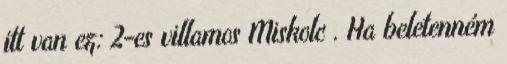
itt van ez: 2-es villamos Miskolc . Ha beletenném